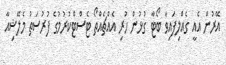
އޭރުން އެއީ ގެއްލިފައިވާ ބޯޓާ ގުޅުން ހުރި އެއްޗެއްތޯ ޓެސްޓްކުރުމުގެ ފުރުސަތު މެލޭޝިއާ